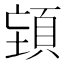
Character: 𮨉